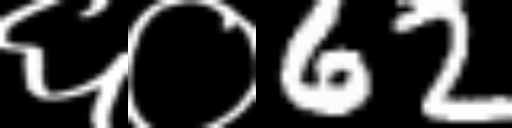
Text: ६०62